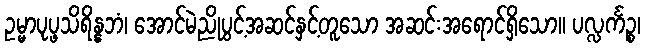
ဥမ္မာပုပ္ဖသိရိန္နဘံ၊ အောင်မဲညိုပွင့်အဆင်နှင့်တူသော အဆင်းအရောင်ရှိသော။ ပလ္လင်္ကဉ္စ၊